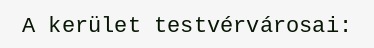
A kerület testvérvárosai: